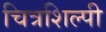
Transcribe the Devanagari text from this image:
चित्रशिल्पी